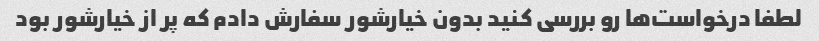
لطفا درخواست‌ها رو بررسی کنید بدون خیارشور سفارش دادم که پر از خیارشور بود